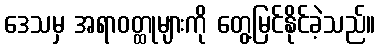
ဒေသမှ အရာဝတ္ထုများကို တွေ့မြင်နိုင်ခဲ့သည်။